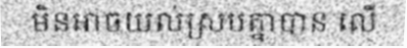
មិនអាចយល់ស្របគ្នាបាន លើ